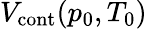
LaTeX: V_{\mathrm{cont}}(p_{0},T_{0})